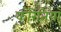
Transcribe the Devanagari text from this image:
कोरेंतियाँ